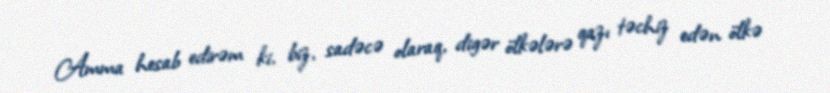
Amma hesab edirəm ki, biz, sadəcə olaraq, digər ölkələrə qazı təchiz edən ölkə